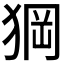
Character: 𱮂